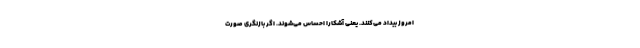
امروز بیداد می‌کنند. یعنی آشکارا احساس می‌شوند. اگر بازنگری صورت